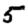
Digit: 5